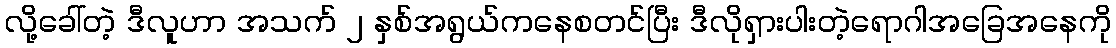
လို့ခေါ်တဲ့ ဒီလူဟာ အသက် ၂ နှစ်အရွယ်ကနေစတင်ပြီး ဒီလိုရှားပါးတဲ့ရောဂါအခြေအနေကို